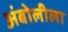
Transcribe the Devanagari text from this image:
अंबोलीला